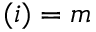
( i ) = m